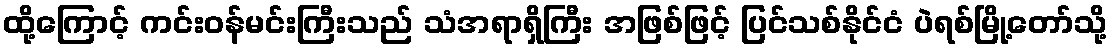
ထို့ကြောင့် ကင်းဝန်မင်းကြီးသည် သံအရာရှိကြီး အဖြစ်ဖြင့် ပြင်သစ်နိုင်ငံ ပဲရစ်မြို့တော်သို့